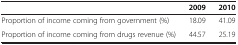
|  | 2009 | 2010 |
 | --- | --- | --- |
 | Proportion of income coming from government (%) | 18.09 | 41.09 |
 | Proportion of income coming from drugs revenue (%) | 44.57 | 25.19 |